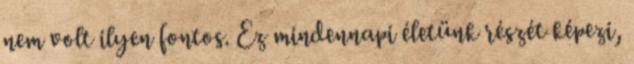
nem volt ilyen fontos. Ez mindennapi életünk részét képezi,